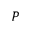
P